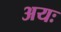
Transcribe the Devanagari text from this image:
अयः